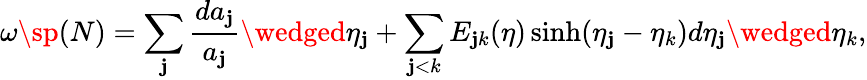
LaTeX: \omega\sp{(N)}=\sum_{\mathbf{j}}\frac{{da_{\mathbf{j}}}}{{a_{\mathbf{j}}}}\wedged\eta_{\mathbf{j}}+\sum_{\mathbf{j}<k}E_{\mathbf{j}k}(\eta)\sinh(\eta_{\mathbf{j}}-\eta_{k})d\eta_{\mathbf{j}}\wedged\eta_{k},